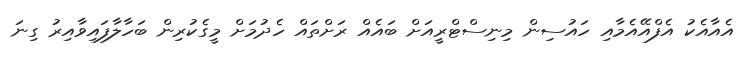
އެއާއެކު އެފްއޭއެމާއި ހައުސިން މިނިސްޓްރީއަށް ބައެއް ރަށްތައް ހެދުމަށް މީގެކުރިން ބަހާލާފައިވާއިރު ގިނަ